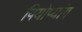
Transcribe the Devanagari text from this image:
पियोप्यांग